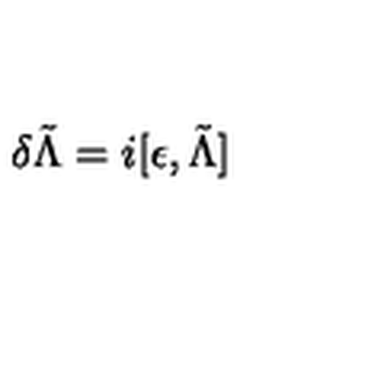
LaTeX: \delta \tilde { \Lambda } = i [ \epsilon , \tilde { \Lambda } ]